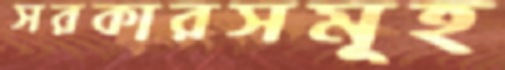
সরকারসমূহ